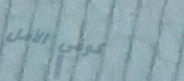
كوفي الأمل